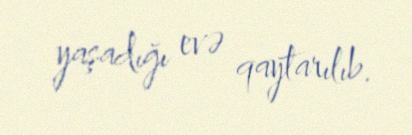
yaşadığı evə qaytarılıb.